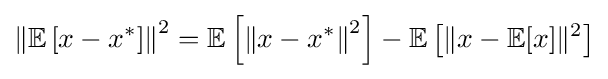
\left\|\mathbb {E} \left[x-x^{*}\right]\right\|^{2}=\mathbb {E} \left[\left\|x-x^{*}\right\|^{2}\right]-\mathbb {E} \left[\|x-\mathbb {E} [x]\|^{2}\right]